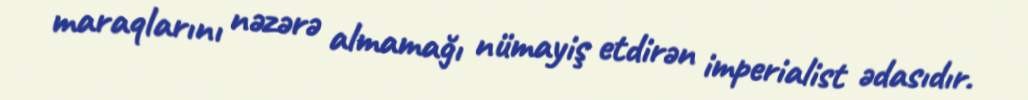
maraqlarını nəzərə almamağı nümayiş etdirən imperialist ədasıdır.